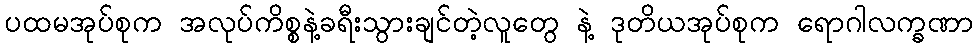
ပထမအုပ်စုက အလုပ်ကိစ္စနဲ့ခရီးသွားချင်တဲ့လူတွေ နဲ့ ဒုတိယအုပ်စုက ရောဂါလက္ခဏာ